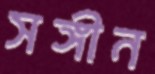
সঙ্গীন